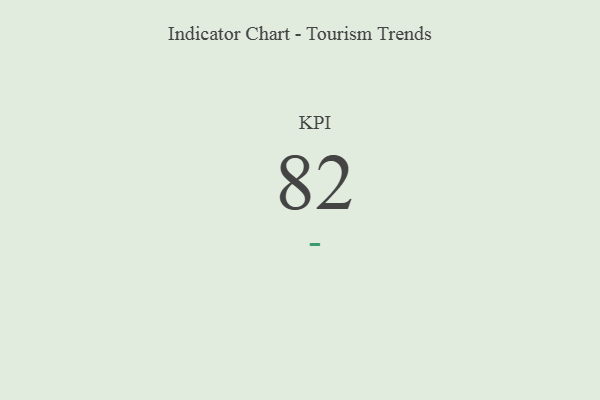
{"axis": {"x": "KPI", "y": "Value"}, "legend": [""], "data": [{"x": "KPI", "y": 82, "type": ""}]}